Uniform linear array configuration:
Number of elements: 4
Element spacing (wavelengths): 0.25
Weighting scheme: binomial
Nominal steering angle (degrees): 60
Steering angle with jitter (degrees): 60.078
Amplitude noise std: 0.05
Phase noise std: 0.05

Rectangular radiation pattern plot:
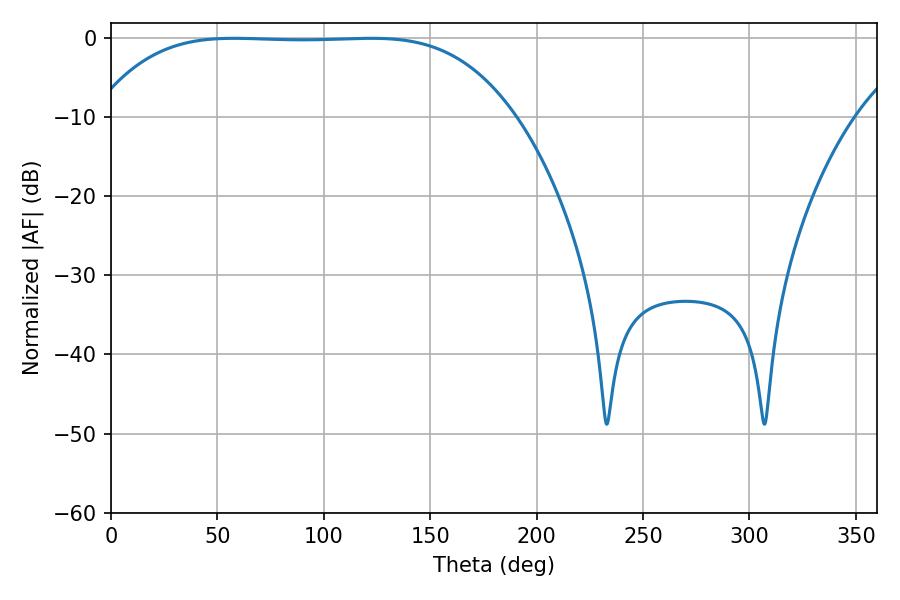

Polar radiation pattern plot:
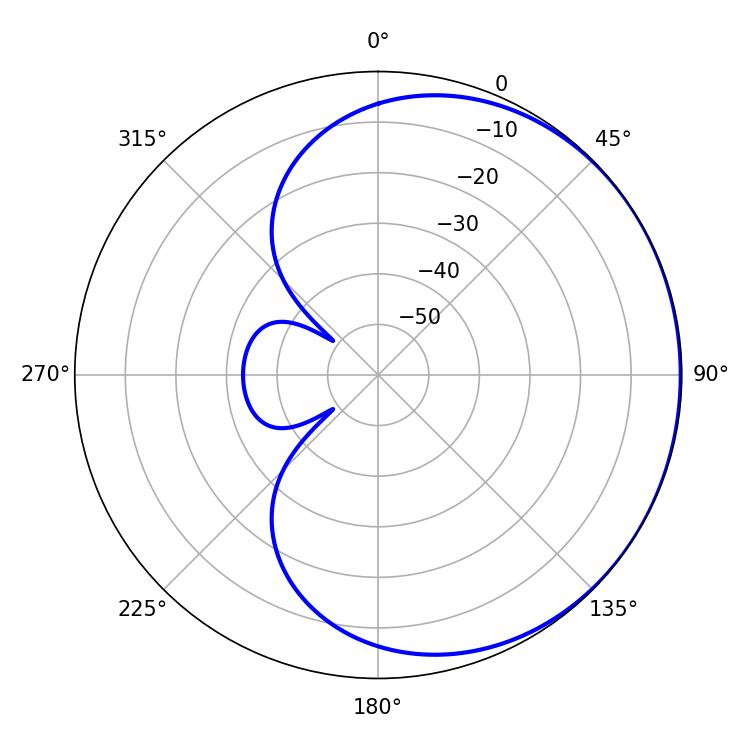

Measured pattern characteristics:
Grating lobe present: FALSE
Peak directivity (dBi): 0.4118
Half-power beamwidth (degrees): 150.84
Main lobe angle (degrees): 57.78